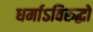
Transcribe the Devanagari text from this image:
धर्माऽविरुद्धो